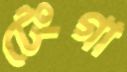
টেংগা